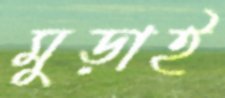
মুড়াই